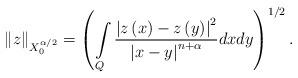
LaTeX: \begin{align*}\left\Vert z\right\Vert _{X_{0}^{\alpha/2}}=\left( \int\limits_{Q}\frac{\left\vert z\left( x\right) -z\left( y\right) \right\vert ^{2}}{\left\vert x-y\right\vert ^{n+\alpha}}dxdy\right) ^{1/2}. \end{align*}